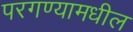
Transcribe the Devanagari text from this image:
परगण्यामधील